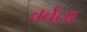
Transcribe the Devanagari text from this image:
बर्बता